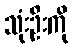
သုံးဦးကို